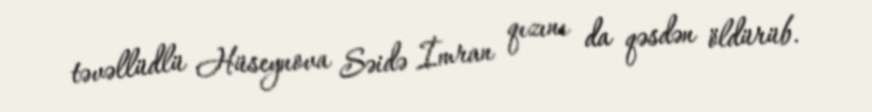
təvəllüdlü Hüseynova Səidə İmran qızını da qəsdən öldürüb.